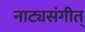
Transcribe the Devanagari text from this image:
नाट्यसंगीत्